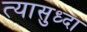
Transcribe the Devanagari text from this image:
त्यासुध्दा